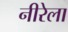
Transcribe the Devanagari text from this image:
नीरेला